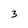
Character: 3